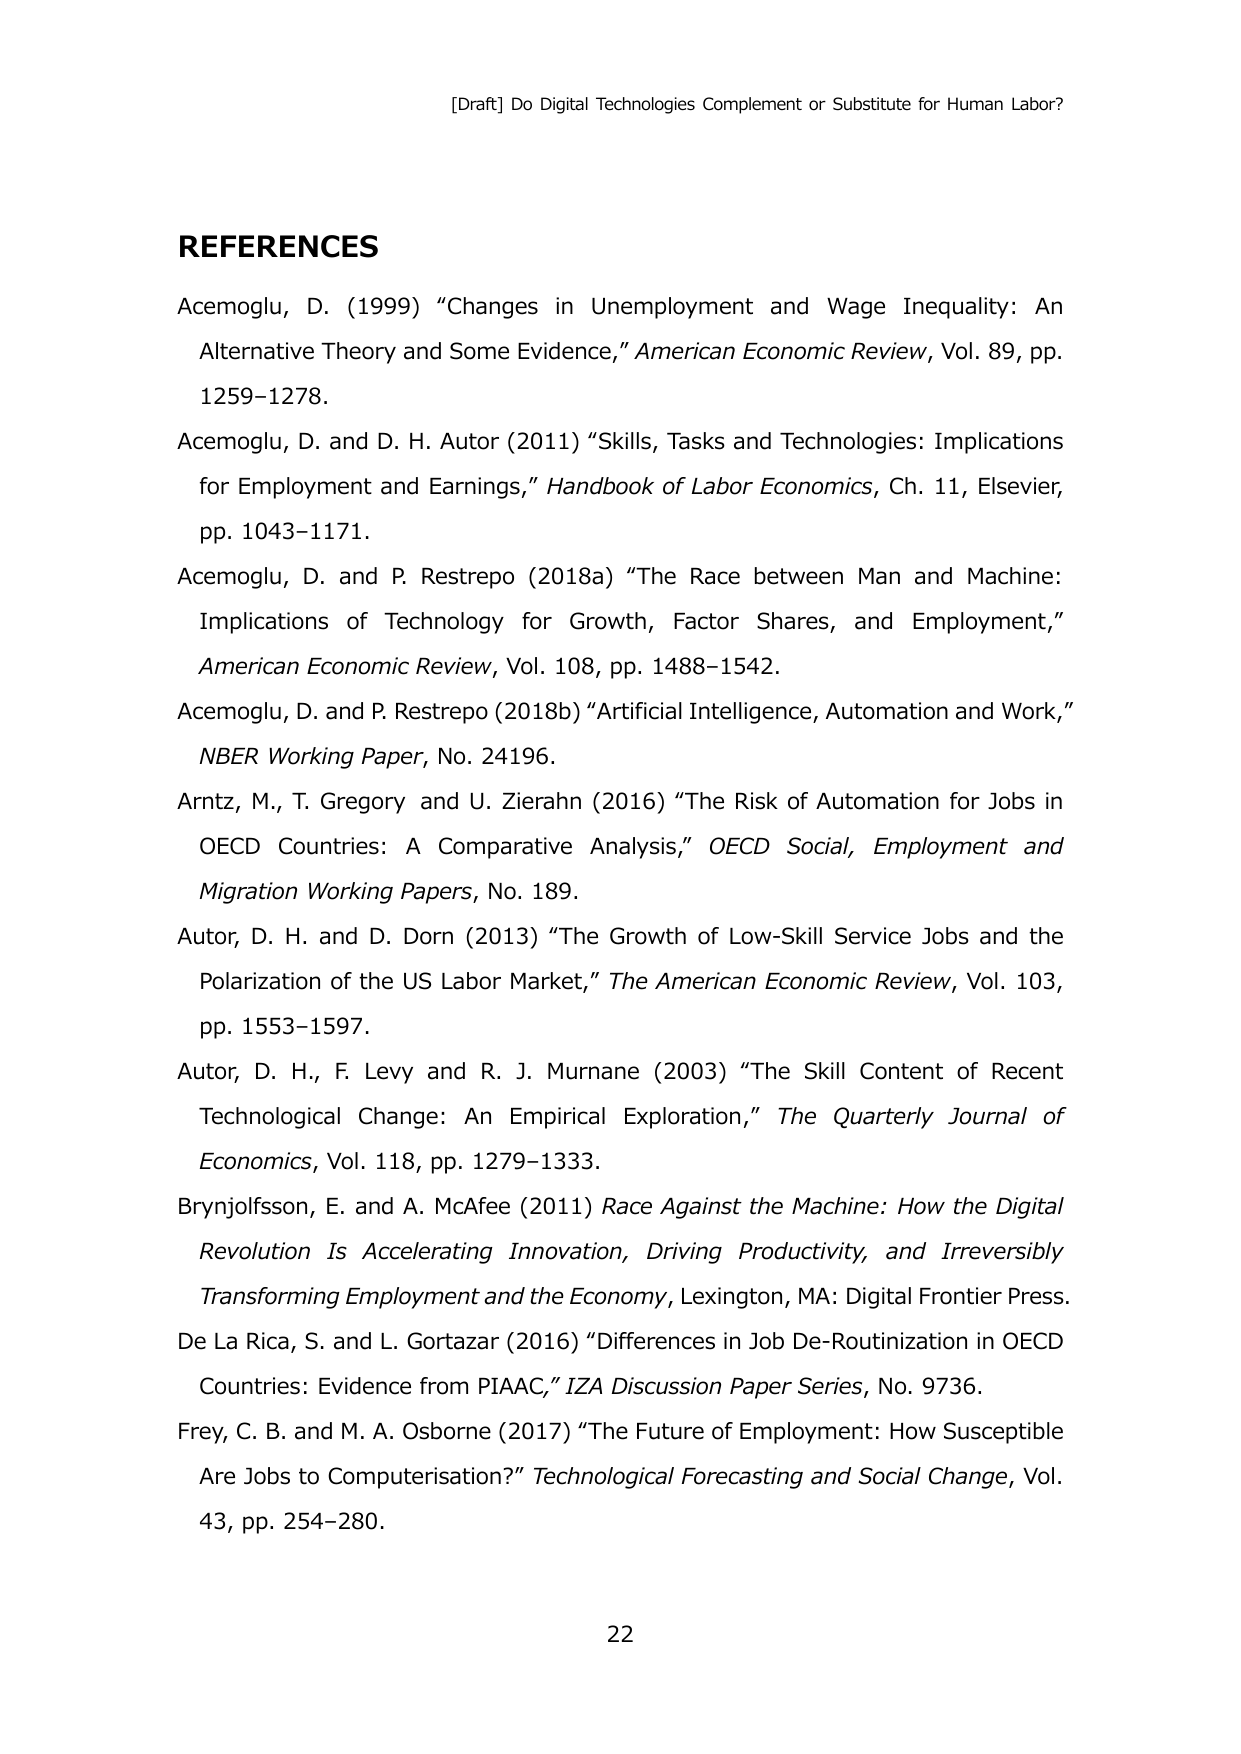
[Draft] Do Digital Technologies Complement or Substitute for Human Labor?

REFERENCES

Acemoglu, D. (1999) “Changes in Unemployment and Wage Inequality: An Alternative Theory and Some Evidence,” American Economic Review, Vol. 89, pp. 1259–1278.

Acemoglu, D. and D. H. Autor (2011) “Skills, Tasks and Technologies: Implications for Employment and Earnings,” Handbook of Labor Economics, Ch. 11, Elsevier, pp. 1043–1171.

Acemoglu, D. and P. Restrepo (2018a) “The Race between Man and Machine: Implications of Technology for Growth, Factor Shares, and Employment,” American Economic Review, Vol. 108, pp. 1488–1542.

Acemoglu, D. and P. Restrepo (2018b) “Artificial Intelligence, Automation and Work,” NBER Working Paper, No. 24196.

Arntz, M., T. Gregory and U. Zierahn (2016) “The Risk of Automation for Jobs in OECD Countries: A Comparative Analysis,” OECD Social, Employment and Migration Working Papers, No. 189.

Autor, D. H. and D. Dorn (2013) “The Growth of Low-Skill Service Jobs and the Polarization of the US Labor Market,” The American Economic Review, Vol. 103, pp. 1553–1597.

Autor, D. H., F. Levy and R. J. Murnane (2003) “The Skill Content of Recent Technological Change: An Empirical Exploration,” The Quarterly Journal of Economics, Vol. 118, pp. 1279–1333.

Brynjolfsson, E. and A. McAfee (2011) Race Against the Machine: How the Digital Revolution Is Accelerating Innovation, Driving Productivity, and Irreversibly Transforming Employment and the Economy, Lexington, MA: Digital Frontier Press.

De La Rica, S. and L. Gortazar (2016) “Differences in Job De-Routinization in OECD Countries: Evidence from PIAAC,” IZA Discussion Paper Series, No. 9736.

Frey, C. B. and M. A. Osborne (2017) “The Future of Employment: How Susceptible Are Jobs to Computerisation?” Technological Forecasting and Social Change, Vol. 43, pp. 254–280.

22